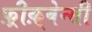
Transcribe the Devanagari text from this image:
फ़्रीक़्वेन्सी